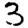
Digit: 3